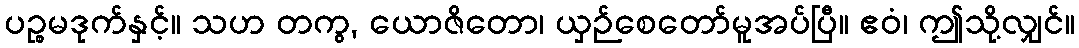
ပဉ္စမဒုက်နှင့်။ သဟ တကွ, ယောဇိတော၊ ယှဉ်စေတော်မူအပ်ပြီ။ ဧဝံ၊ ဤသို့လျှင်။